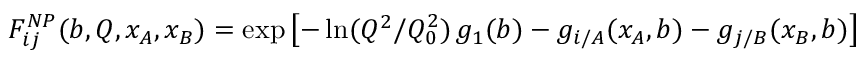
F _ { i j } ^ { N P } ( b , Q , x _ { A } , x _ { B } ) = \exp \left[ - \ln ( Q ^ { 2 } / Q _ { 0 } ^ { 2 } ) \, g _ { 1 } ( b ) - g _ { i / A } ( x _ { A } , b ) - g _ { j / B } ( x _ { B } , b ) \right]